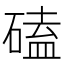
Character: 磕